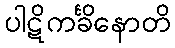
ပါဋိကင်္ခိနောတိ